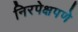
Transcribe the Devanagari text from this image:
निरपेक्षपणे